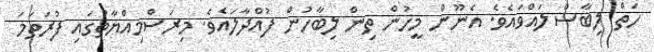
ހަތް ލިބާސް ލައްވައެވެ. އެނޫން މީހުން ތިން ލިބާހުން ފުއްދާލައެވެ. މިރަސްމިއްޔާތުގައި ފުރަތަމަ